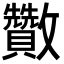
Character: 𣀹